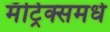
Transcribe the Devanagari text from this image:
मॅट्रिक्समधे